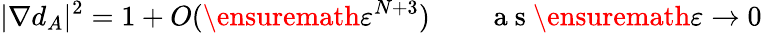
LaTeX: |\nabla d_{A}|^{2}=1+O(\ensuremath{\varepsilon}^{N+3})\qquad\mathrm{~a~s~}\ensuremath{\varepsilon}\to 0